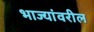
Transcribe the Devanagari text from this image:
भाज्यांवरील